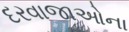
દરવાજાઓના